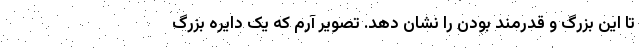
تا این بزرگ و قدرمند بودن را نشان دهد. تصویر آرم که یک دایره بزرگ